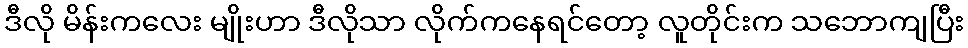
ဒီလို မိန်းကလေး မျိုးဟာ ဒီလိုသာ လိုက်ကနေရင်တော့ လူတိုင်းက သဘောကျပြီး